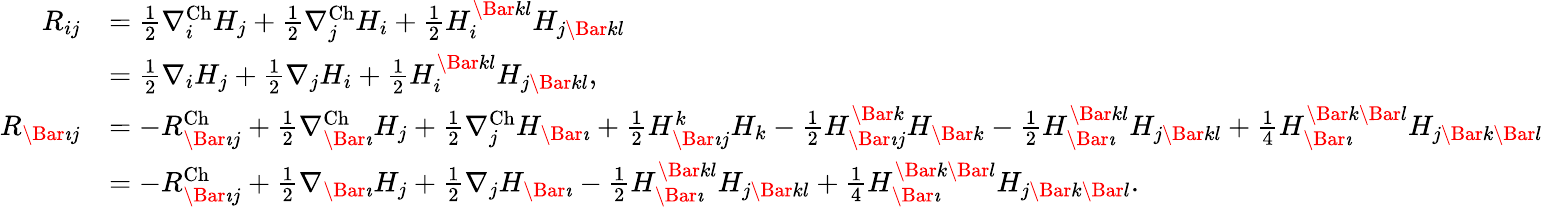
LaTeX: \begin{array}{rl}{R_{ij}}&{=\frac{1}{2}\nabla_{i}^{\mathrm{Ch}}H_{j}+\frac{1}{2}\nabla_{j}^{\mathrm{Ch}}H_{i}+\frac{1}{2}H_{i}^{\Bar{k}l}H_{j\Bar{k}l}}\\ &{=\frac{1}{2}\nabla_{i}H_{j}+\frac{1}{2}\nabla_{j}H_{i}+\frac{1}{2}H_{i}^{\Bar{k}l}H_{j\Bar{k}l},}\\ {R_{\Bar{\imath}j}}&{=-R_{\Bar{\imath}j}^{\mathrm{Ch}}+\frac{1}{2}\nabla_{\Bar{\imath}}^{\mathrm{Ch}}H_{j}+\frac{1}{2}\nabla_{j}^{\mathrm{Ch}}H_{\Bar{\imath}}+\frac{1}{2}H_{\Bar{\imath}j}^{k}H_{k}-\frac{1}{2}H_{\Bar{\imath}j}^{\Bar{k}}H_{\Bar{k}}-\frac{1}{2}H_{\Bar{\imath}}^{\Bar{k}l}H_{j\Bar{k}l}+\frac{1}{4}H_{\Bar{\imath}}^{\Bar{k}\Bar{l}}H_{j\Bar{k}\Bar{l}}}\\ &{=-R_{\Bar{\imath}j}^{\mathrm{Ch}}+\frac{1}{2}\nabla_{\Bar{\imath}}H_{j}+\frac{1}{2}\nabla_{j}H_{\Bar{\imath}}-\frac{1}{2}H_{\Bar{\imath}}^{\Bar{k}l}H_{j\Bar{k}l}+\frac{1}{4}H_{\Bar{\imath}}^{\Bar{k}\Bar{l}}H_{j\Bar{k}\Bar{l}}.}\end{array}